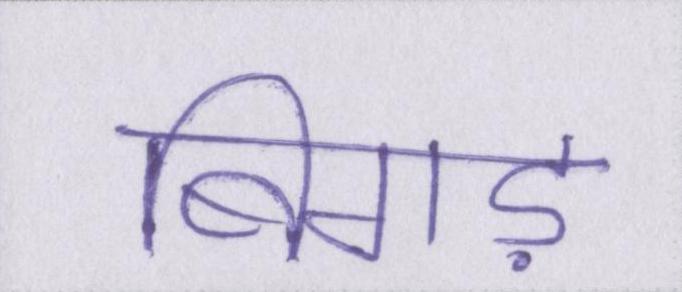
बिगड़